Reports on military cantonments and civil stations in the Presidency of Bombay inspected by the Sanitary Commissioner in the years 1875 and 1876
Year: 1875
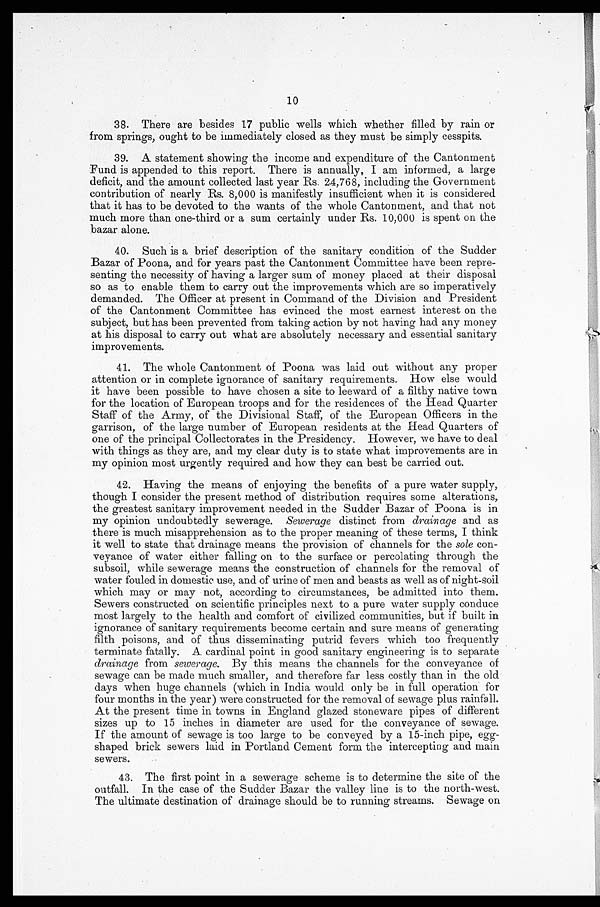
10
38. There are besides 17 public wells which whether filled by rain or
from springs, ought to be immediately closed as they must be simply cesspits.
39. A statement showing the income and expenditure of the Cantonment
Fund is appended to this report. There is annually, I am informed, a large
deficit, and the amount collected last year Rs. 24,768, including the Government
contribution of nearly Rs. 8,000 is manifestly insufficient when it is considered
that it has to be devoted to the wants of the whole Cantonment, and that not
much more than one-third or a sum certainly under Rs. 10,000 is spent on the
bazar alone.
40. Such is a brief description of the sanitary condition of the Sudder
Bazar of Poona, and for years past the Cantonment Committee have been repre-
senting the necessity of having a larger sum of money placed at their disposal
so as to enable them to carry out the improvements which are so imperatively
demanded. The Officer at present in Command of the Division and President
of the Cantonment Committee has evinced the most earnest interest on the
subject, but has been prevented from taking action by not having had any money
at his disposal to carry out what are absolutely necessary and essential sanitary
improvements.
41. The whole Cantonment of Poona was laid out without any proper
attention or in complete ignorance of sanitary requirements. How else would
it have been possible to have chosen a site to leeward of a filthy native town
for the location of European troops and for the residences of the Head Quarter
Staff of the Army, of the Divisional Staff, of the European Officers in the
garrison, of the large number of European residents at the Head Quarters of
one of the principal Collectorates in the Presidency. However, we have to deal
with things as they are, and my clear duty is to state what improvements are in
my opinion most urgently required and how they can best be carried out.
42. Having the means of enjoying the benefits of a pure water supply,
though I consider the present method of distribution requires some alterations,
the greatest sanitary improvement needed in the Sudder Bazar of Poona is in
my opinion undoubtedly sewerage. Sewerage distinct from drainage and as
there is much misapprehension as to the proper meaning of these terms, I think
it well to state that drainage means the provision of channels for the sole con-
veyance of water either falling on to the surface or percolating through the
subsoil, while sewerage means the construction of channels for the removal of
water fouled in domestic use, and of urine of men and beasts as well as of night-soil
which may or may not, according to circumstances, be admitted into them.
Sewers constructed on scientific principles next to a pure water supply conduce
most largely to the health and comfort of civilized communities, but if built in
ignorance of sanitary requirements become certain and sure means of generating
filth poisons, and of thus disseminating putrid fevers which too frequently
terminate fatally. A. cardinal point in good sanitary engineering is to separate
drainage from sewerage. By this means the channels for the conveyance of
sewage can be made much smaller, and therefore far less costly than in the old
days when huge channels (which in India would only be in full operation for
four months in the year) were constructed for the removal of sewage plus rainfall.
At the present time in towns in England glazed stoneware pipes of different
sizes up to 15 inches in diameter are used for the conveyance of sewage.
If the amount of sewage is too large to be conveyed by a 15-inch pipe, egg-
shaped brick sewers laid in Portland Cement form the intercepting and main
sewers.
43. The first point in a sewerage scheme is to determine the site of the
outfall. In the case of the Sudder Bazar the valley line is to the north-west.
The ultimate destination of drainage should be to running streams. Sewage on